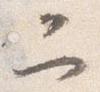
二